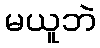
မယူဘဲ